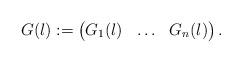
LaTeX: \begin{align*} G(\l) := \begin{pmatrix} G_1(\l) & \ldots & G_n(\l) \end{pmatrix}.\end{align*}